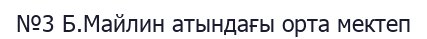
№3 Б.Майлин атындағы орта мектеп